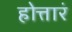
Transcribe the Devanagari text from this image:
होत्तारं